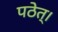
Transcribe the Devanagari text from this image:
पठेत्।